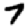
Digit: 7